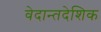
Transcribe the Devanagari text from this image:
वेदान्तदेशिक